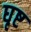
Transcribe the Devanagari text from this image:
घृष्ट